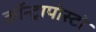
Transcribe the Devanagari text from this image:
कॉन्ट्रापोस्टो